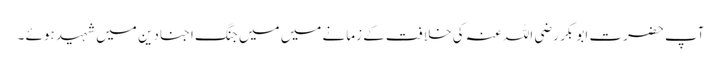
آپ حضرت ابو بکر رضی اللہ عنہ کی خلافت کے زمانے میں میں جنگ اجنادین میں شہید ہوئے ۔